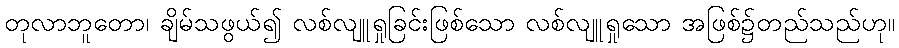
တုလာဘူတော၊ ချိမ်သဖွယ်၍ လစ်လျူရှုခြင်းဖြစ်သော လစ်လျူရှုသော အဖြစ်၌တည်သည်ဟု။